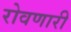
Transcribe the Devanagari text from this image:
रोवणारी